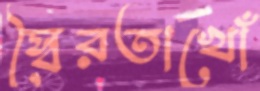
স্বৈরতাখোঁ